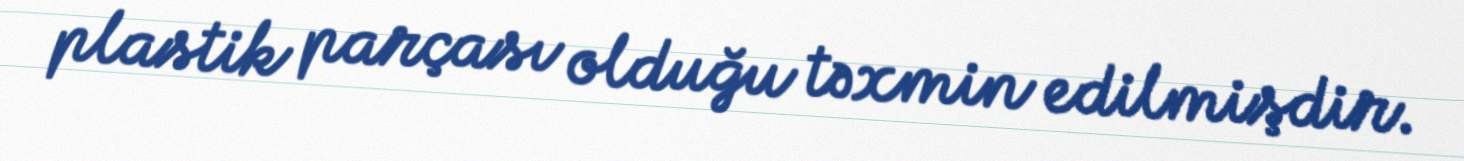
plastik parçası olduğu təxmin edilmişdir.